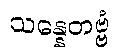
သန္နေတဗ္ဗံ